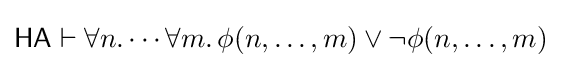
{\mathsf {HA}}\vdash \forall n.\cdots \forall m.\,\phi (n,\dots ,m)\lor \neg \phi (n,\dots ,m)